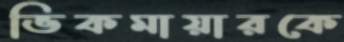
ভিকমায়ারকে